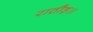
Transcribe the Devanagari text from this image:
राठौड़॥